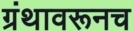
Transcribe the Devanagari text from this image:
ग्रंथावरूनच